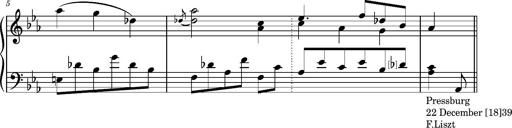
Title: Album-Leaf 'Pressburg I'
Composer: Franz Liszt
Key: C minor